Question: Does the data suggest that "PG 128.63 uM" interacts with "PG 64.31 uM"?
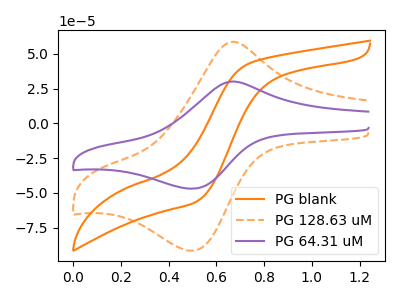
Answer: <think>The orange curve "PG blank" has no peaks. The orange dashed curve "PG 128.63 uM" has an anodic peak at (0.65V, 58.60uA) and a cathodic peak at (0.50V, -91.60uA). The purple curve "PG 64.31 uM" has an anodic peak at (0.65V, 30.05uA) and a cathodic peak at (0.50V, -47.00uA).
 All the peaks in "PG 128.63 uM" have a peak in "PG 64.31 uM" at the same potential. Every peak in "PG 128.63 uM" is higher than every peak in "PG 64.31 uM".</think>
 <answer>No, "PG 128.63 uM" and "PG 64.31 uM" don't appear to be significantly different in shape</answer>
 <eval>no_change</eval>